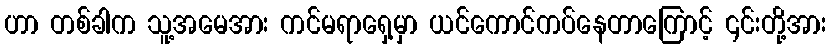
ဟာ တစ်ခါက သူ့အမေအား ကင်မရာရှေ့မှာ ယင်ကောင်ကပ်နေတာကြောင့် ၎င်းတို့အား